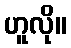
ဟူလို။